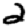
Digit: 2